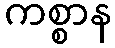
ကစ္စာန